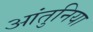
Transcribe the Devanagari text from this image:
आंतुनिया